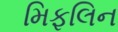
મિફલિન